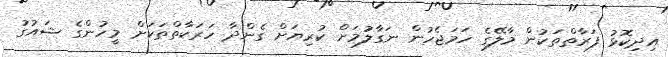
އިދިކޮޅު ފަރާތްތަކުން މާލޭގެ ހަމަޖެހުން ނަގާލުމަށް ކުރިޔަށް ގެންދާ ހަރަކާތްތަކަށް މީހުންގެ ޝައުގު